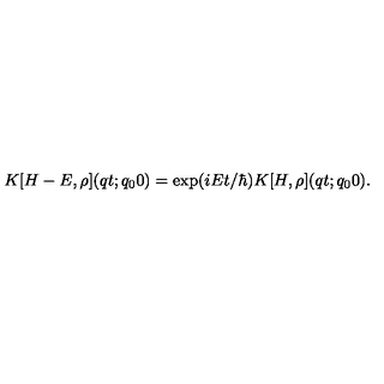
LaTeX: K [ H - E , \rho ] ( q t ; q _ { 0 } 0 ) = \exp ( i E t / \hbar ) K [ H , \rho ] ( q t ; q _ { 0 } 0 ) .